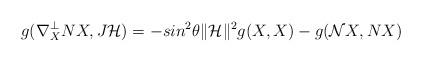
LaTeX: \begin{align*} g(\nabla_{X}^{\perp}NX, J\mathcal{H}) = - sin^{2}\theta \|\mathcal{H}\|^{2}g(X,X) - g(\mathcal{N}X, NX)\end{align*}